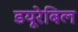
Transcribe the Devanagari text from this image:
डयूरेबिल